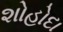
શોહોદા